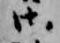
御